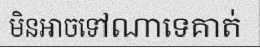
មិនអាចទៅណាទេគាត់